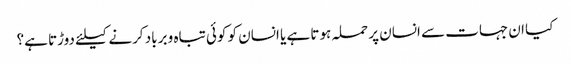
کیا ان جہات سے انسان پر حملہ ہوتا ہے یا انسان کو کوئی تباہ و برباد کرنے کیلئے دوڑتا ہے؟